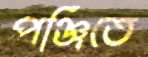
পঞ্জিতে